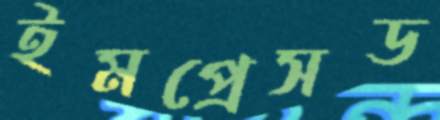
ইমপ্রেসড